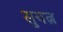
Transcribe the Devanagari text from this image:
सुयत्न